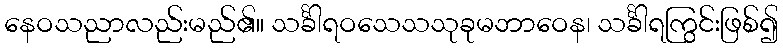
နေဝသညာလည်းမည်၏။ သင်္ခါရဝသေသသုခုမဘာဝေန၊ သင်္ခါရကြွင်းဖြစ်၍